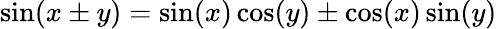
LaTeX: \sin(x\pm y)=\sin(x)\cos(y)\pm\cos(x)\sin(y)